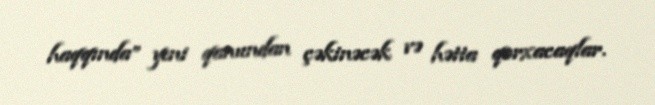
haqqında” yeni qanundan çəkinəcək və hətta qorxacaqlar.